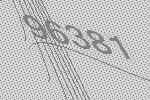
96381